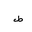
Letter: _da